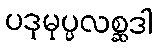
ပဒုမုပ္ပလစ္ဆဒါ